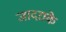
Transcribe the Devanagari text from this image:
जादराके